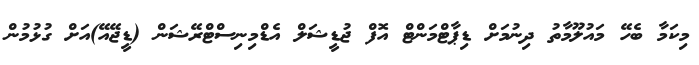
މިކަމާ ބެހޭ މައުލޫމާތު ދިނުމަށް ޑިޕާޓްމަންޓް އޮފް ޖުޑީޝަލް އެޑްމިނިސްޓްރޭޝަން (ޑީޖޭއޭ)އަށް ގުޅުމުން